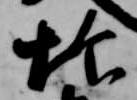
炊